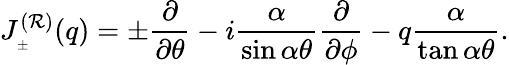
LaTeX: J_{_{\pm}}^{(\mathcal{R})}(q)=\pm\frac{{\partial}}{{\partial\theta}}-i\frac{{\alpha}}{{\sin\alpha\theta}}\frac{{\partial}}{{\partial\phi}}-q\frac{{\alpha}}{{\tan\alpha\theta}}.